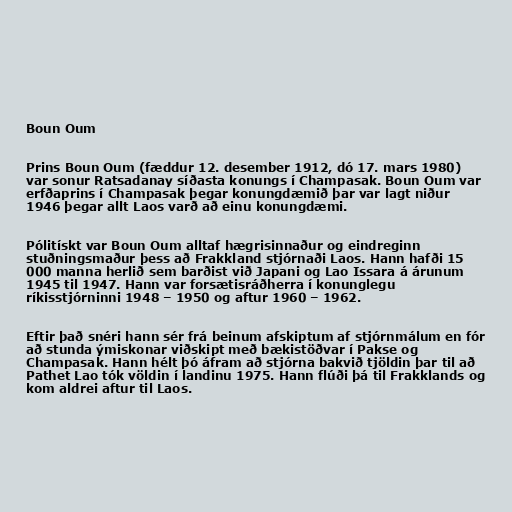
Boun Oum

Prins Boun Oum (fæddur 12. desember 1912, dó 17. mars 1980)
var sonur Ratsadanay síðasta konungs í Champasak. Boun Oum var
erfðaprins í Champasak þegar konungdæmið þar var lagt niður
1946 þegar allt Laos varð að einu konungdæmi.

Pólitískt var Boun Oum alltaf hægrisinnaður og eindreginn
stuðningsmaður þess að Frakkland stjórnaði Laos. Hann hafði 15
000 manna herlið sem barðist við Japani og Lao Issara á árunum
1945 til 1947. Hann var forsætisráðherra í konunglegu
ríkisstjórninni 1948 – 1950 og aftur 1960 – 1962.

Eftir það snéri hann sér frá beinum afskiptum af stjórnmálum en fór
að stunda ýmiskonar viðskipt með bækistöðvar í Pakse og
Champasak. Hann hélt þó áfram að stjórna bakvið tjöldin þar til að
Pathet Lao tók völdin í landinu 1975. Hann flúði þá til Frakklands og
kom aldrei aftur til Laos.